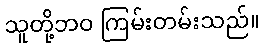
သူတို့ဘဝ ကြမ်းတမ်းသည်။